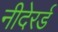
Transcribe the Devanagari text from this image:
नीदेरर्ड